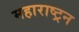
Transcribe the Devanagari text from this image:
महाराष्ट्रन